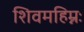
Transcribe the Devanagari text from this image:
शिवमहिम्नः